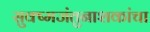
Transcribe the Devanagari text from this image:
सुक्ष्मजंतुनाशकांचा